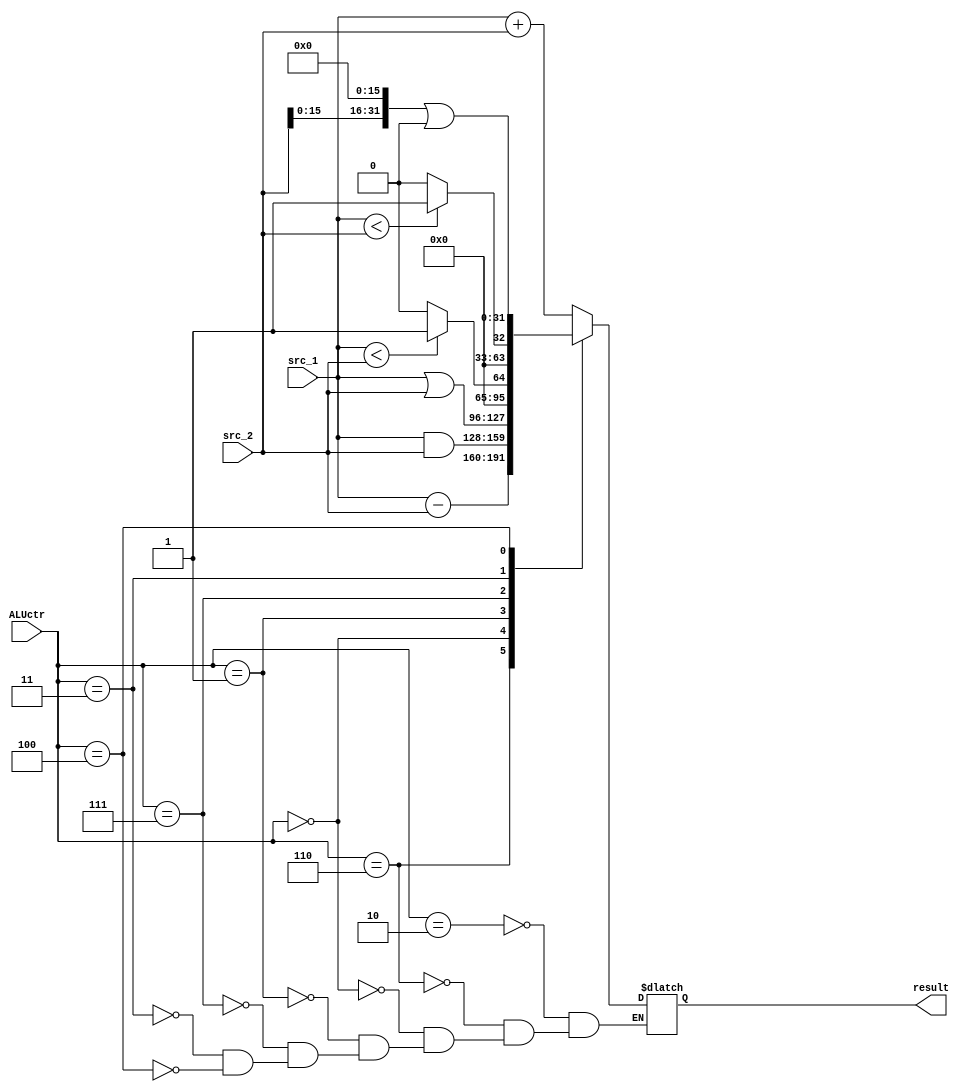
`timescale 1ns / 1ps
//////////////////////////////////////////////////////////////////////////////////
// Company: 
// Engineer: 
// 
// Design Name: 
// Module Name: ALU
// Project Name: 
// Target Devices: 
// Tool Versions: 
// Description: 
// 
// Dependencies: 
// 
// Revision:
// Revision 0.01 - File Created
// Additional Comments:
// 
//////////////////////////////////////////////////////////////////////////////////

module ALU(
    input [3:0] ALUctr,
    input [31:0] src_1,
    input [31:0] src_2,
    output reg [31:0]result   
    );
    wire signed [31:0] br1,br2;
    assign br1 = src_1;
    assign br2 = src_2;
    always@(*)
    begin
    case(ALUctr)
    4'b0010 : result = src_1 + src_2;
    4'b0110 : result = src_1 - src_2;
    4'b0000 : result = src_1 & src_2;
    4'b0001 : result = src_1 | src_2;
    4'b0111 : result = (br1 < br2) ? 1:0;
    4'b0011 : result = (src_1 < src_2) ? 1:0;
    4'b0100 : result = {src_2[15:0] , 16'b0} | 32'b0;
    endcase
    end
endmodule